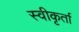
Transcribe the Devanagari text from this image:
स्वीकृर्ता